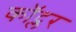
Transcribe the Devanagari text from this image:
कॉट्लर